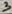
Text: 3